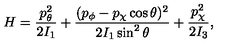
H = { \frac { p _ { \theta } ^ { 2 } } { 2 I _ { 1 } } } + { \frac { ( p _ { \phi } - p _ { \chi } \cos \theta ) ^ { 2 } } { 2 I _ { 1 } \sin ^ { 2 } \theta } } + { \frac { p _ { \chi } ^ { 2 } } { 2 I _ { 3 } } } ,